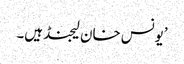
’یونس خان لیجنڈ ہیں۔